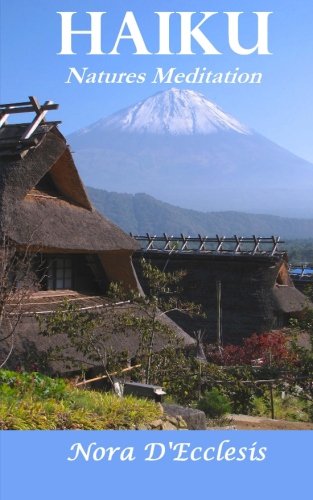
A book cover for Haiku: Natures Meditation; Nora D'Ecclesis; Religion & Spirituality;